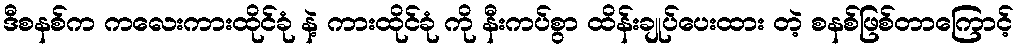
ဒီစနစ်က ကလေးကားထိုင်ခုံ နဲ့ ကားထိုင်ခုံ ကို နီးကပ်စွာ ထိန်းချုပ်ပေးထား တဲ့ စနစ်ဖြစ်တာကြောင့်